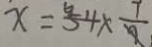
x = 5 4 \times \frac { 7 } { 9 }